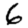
Digit: 6